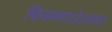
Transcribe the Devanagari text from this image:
चित्रमणयोऽयस्य